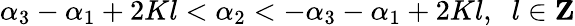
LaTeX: \alpha_{3}-\alpha_{1}+2Kl<\alpha_{2}<-\alpha_{3}-\alpha_{1}+2Kl,\; \; l\in{\mathbf Z}